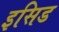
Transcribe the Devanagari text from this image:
इसिड